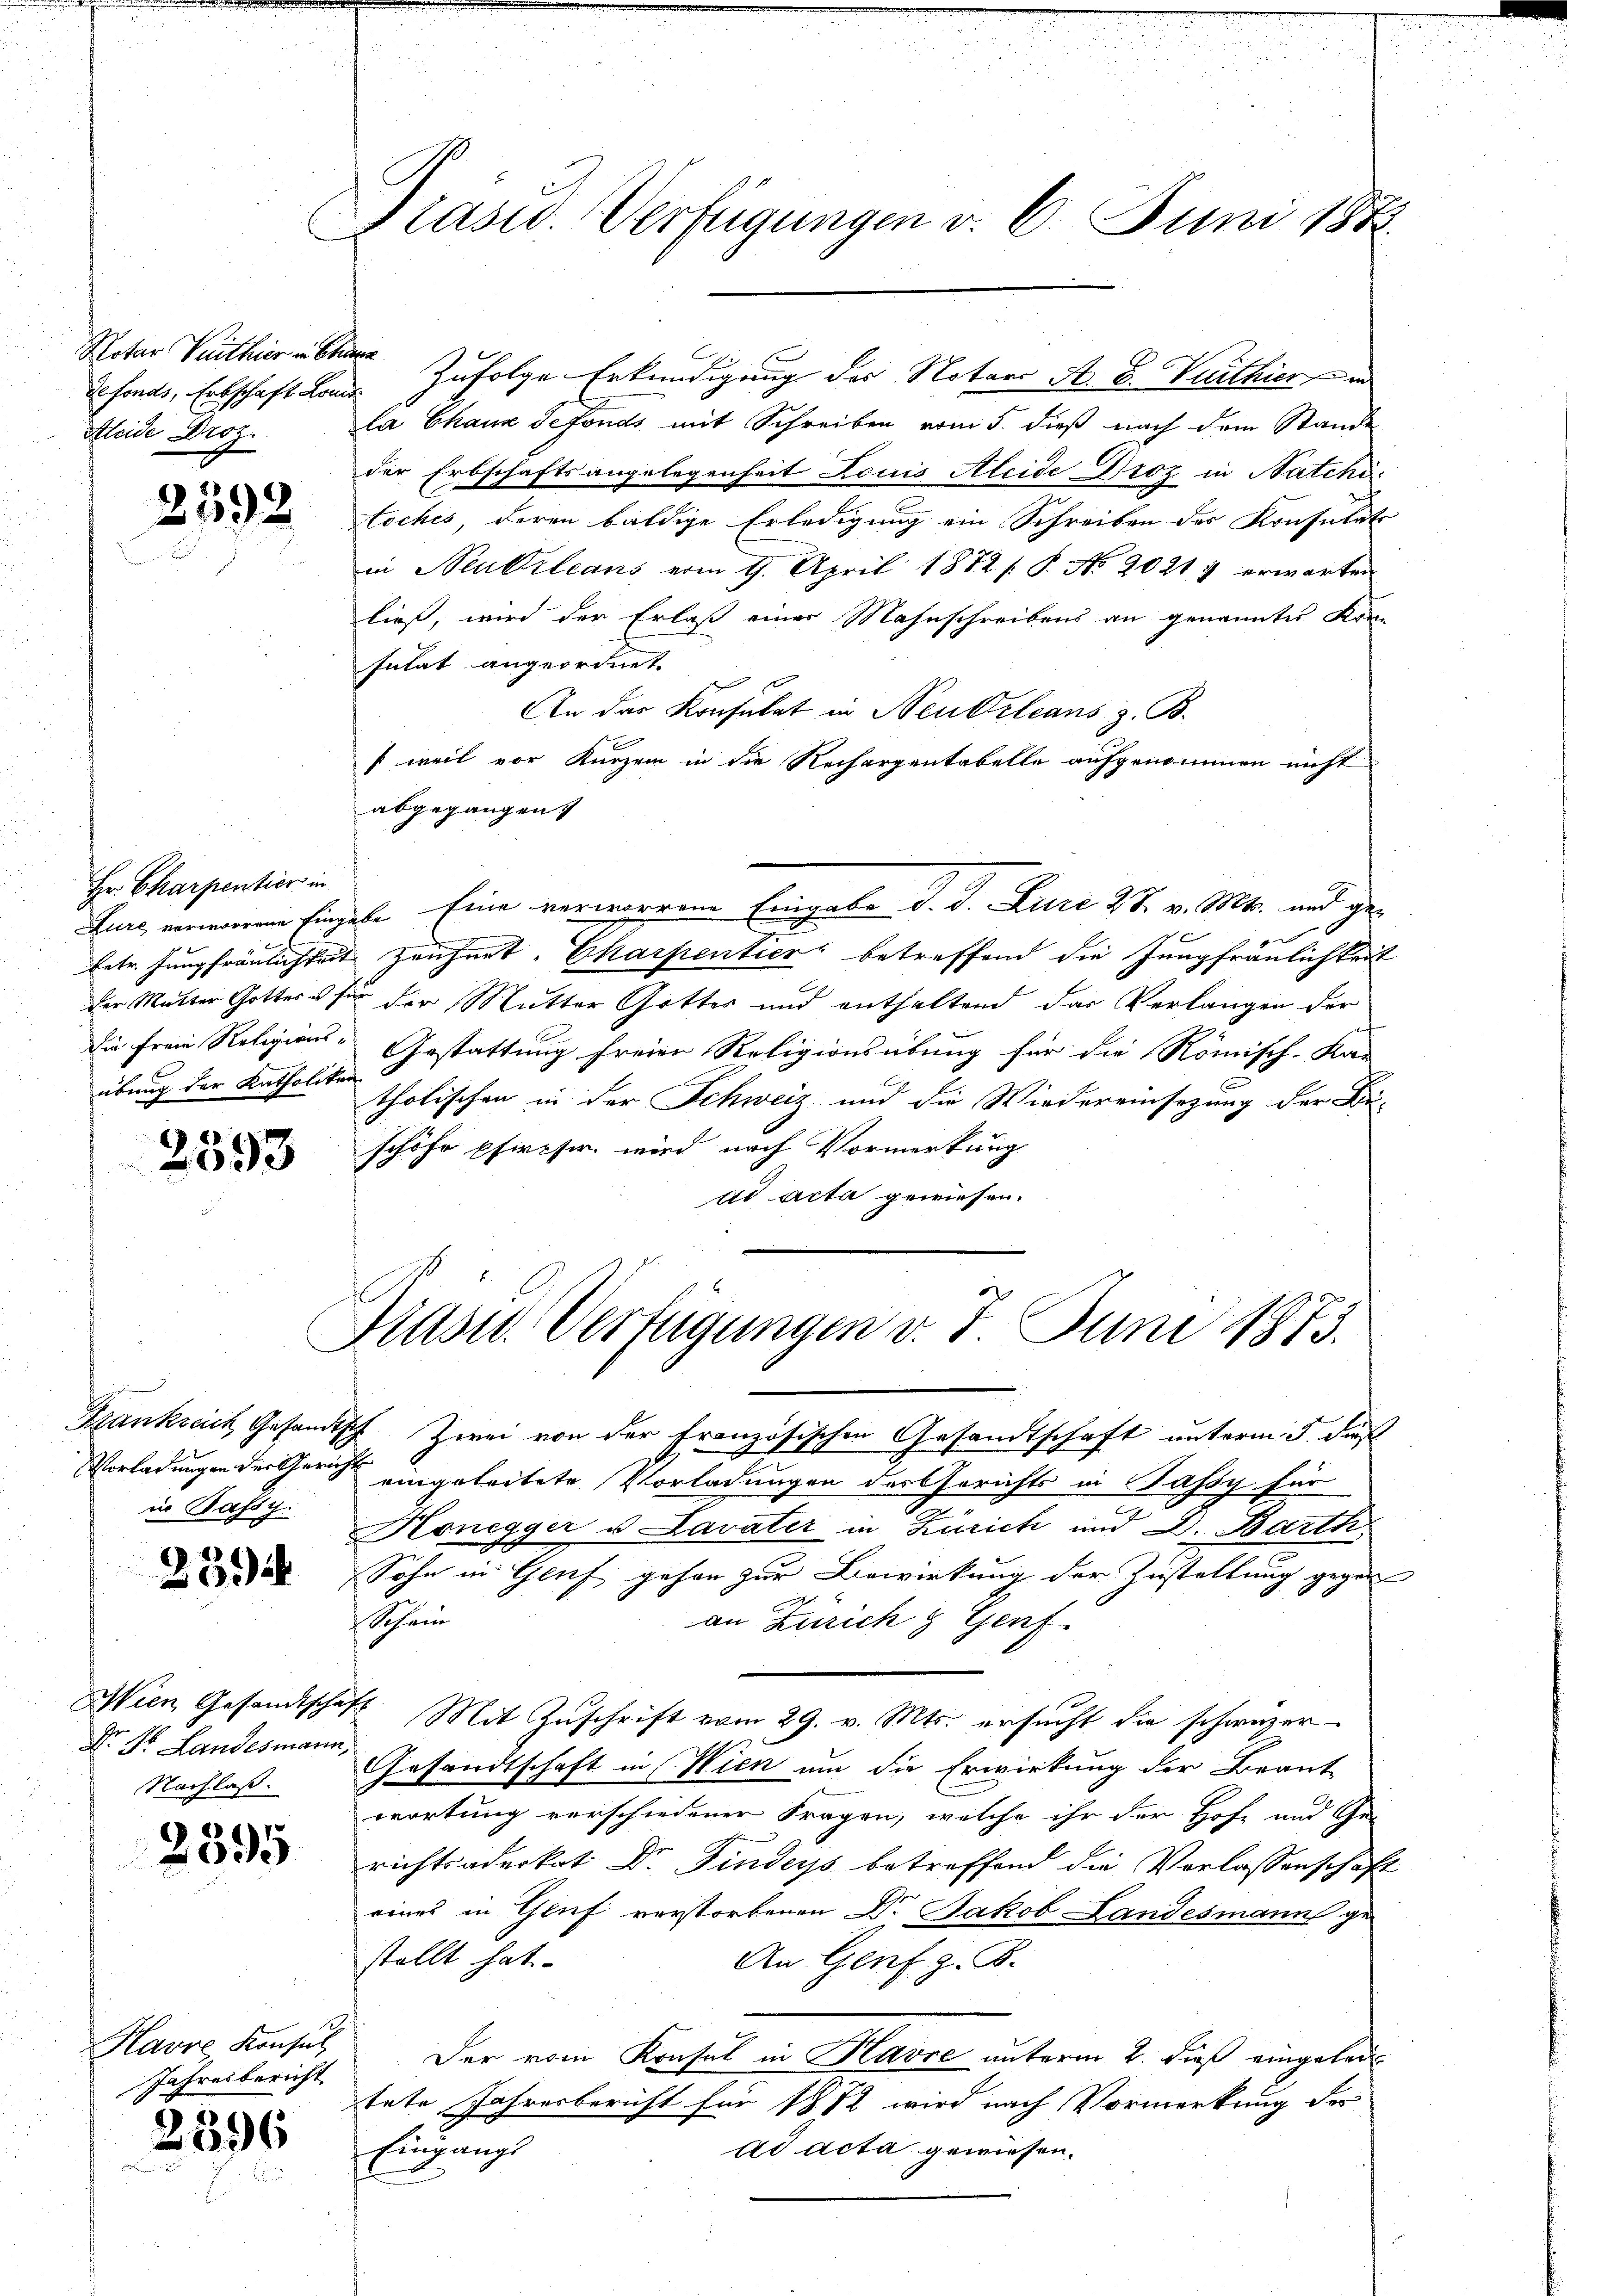
Notar Verthier in Chame
Aleide Droz.

2592

Hr. Charpentier in
Eetr. Jungfräulichkeit
Ein freie Religions-
übung der Katholike

2393

Vorladungen der Gerich
in Passy:

2394

Dr. Dr. Landesmann,
Nachlaß.

2395

Havre Konsul
Jahresbericht

2396

Präsid. Verfügungen v. 6. Juni 184

defonds, Erbschaft Land zufolge Erkundigung der Notaro A. B. Wirthier und
la Chaux sefonds mit Schreiben vom 5. dieß nach dem Stande
der Erbschaftsangelegenheit Louis Aleide Droz in Natchi¬
Loches, deren baldige Erledigung ein Schreiben der Konsulats
in Neukleans vom 9. April 1872 s. P. No. 20217 erwarten
ließ, wird der Erlaß einer Mahnschreibens an genanntes Kon-
sutat angeordnet
An der Konsulat in Neukrleans z. B.
s weil vor Kurzem in die Rechargentabelle aufgenommen nicht
abgegangen
Lunz verneren hingehe Eine verworrene Eingabe d. d. Jure 27. v. Mts. und ge¬
 Frühert Charpentier betreffend die Jungfräulichkeit
Der Mutter Gotters für der Mutter Gottes und enthaltend das Verlangen der
Gestattung freien Religionsübung für die Römisch-Ka-
i
tholischen in der Schweiz und die Wiedereinsezung der Be-
schöhe pfircher wird nach Vormerkung
ad acta gewiesen.

Präsid Verfügungen v. 7. Juni 1873.

Frankreich Gesandtsch Zwei von der französischen Gesandtschaft unterm 5. dieß
i
eingeleitete Vorladungen des Gerichts in Jassy für
Honegger u Lavater in Zürich und D. Barth
Sohn in Genf, gehen zur Bewirkung der Zustellung gegen
Schein
an Zürich & Genf
Wien Gesandtschaft. Mit Zuschrift vom 29. v. Mts. ersucht die schweizer
Gesandtschaft in Wien um die Erwirkung der Braut-
wortung verschiedener Fragen, welche ihr der Hofe und Ge
richtsaderkat Dr. Finders betreffend die Verlassenschaft
eines in Gluf verstorbenen Dr Jakob Landesmann ge
stellt hat.
An Genf z. B.
Der vom Konsul in Havre unterm 2. dieß eingelei
tete Jahresbericht für 1882 wird nach Vormerkung des
Eingangs
ad acta gewiesen.